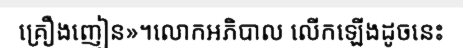
គ្រឿងញៀន»។លោកអភិបាល លើកឡើងដូចនេះ